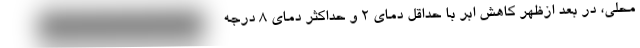
محلی، در بعد ازظهر کاهش ابر با حداقل دمای ۲ و حداکثر دمای ۸ درجه